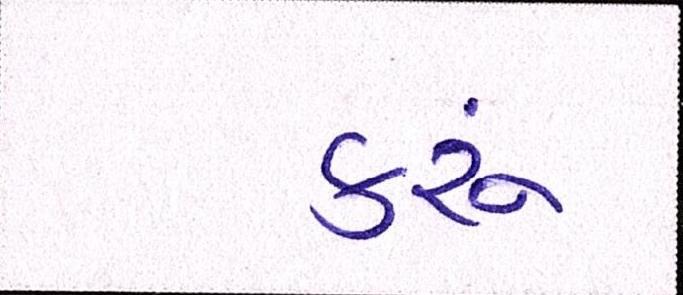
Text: કરૂં